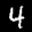
Label: 4